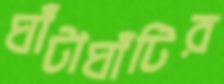
ঘাঁটাঘাঁটির